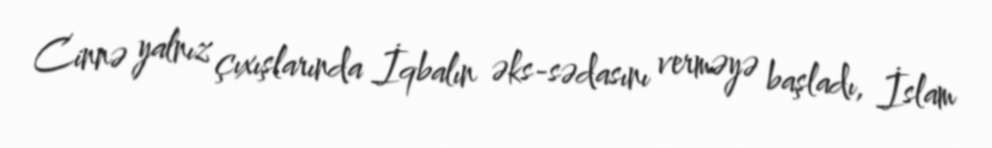
Cinnə yalnız çıxışlarında İqbalın əks-sədasını verməyə başladı, İslam